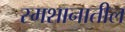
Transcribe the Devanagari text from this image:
स्मशानातील